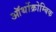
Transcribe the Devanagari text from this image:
ऑर्थोक्रोम्बिक